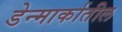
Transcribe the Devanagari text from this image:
डेन्मार्कातील